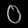
Digit: ၀